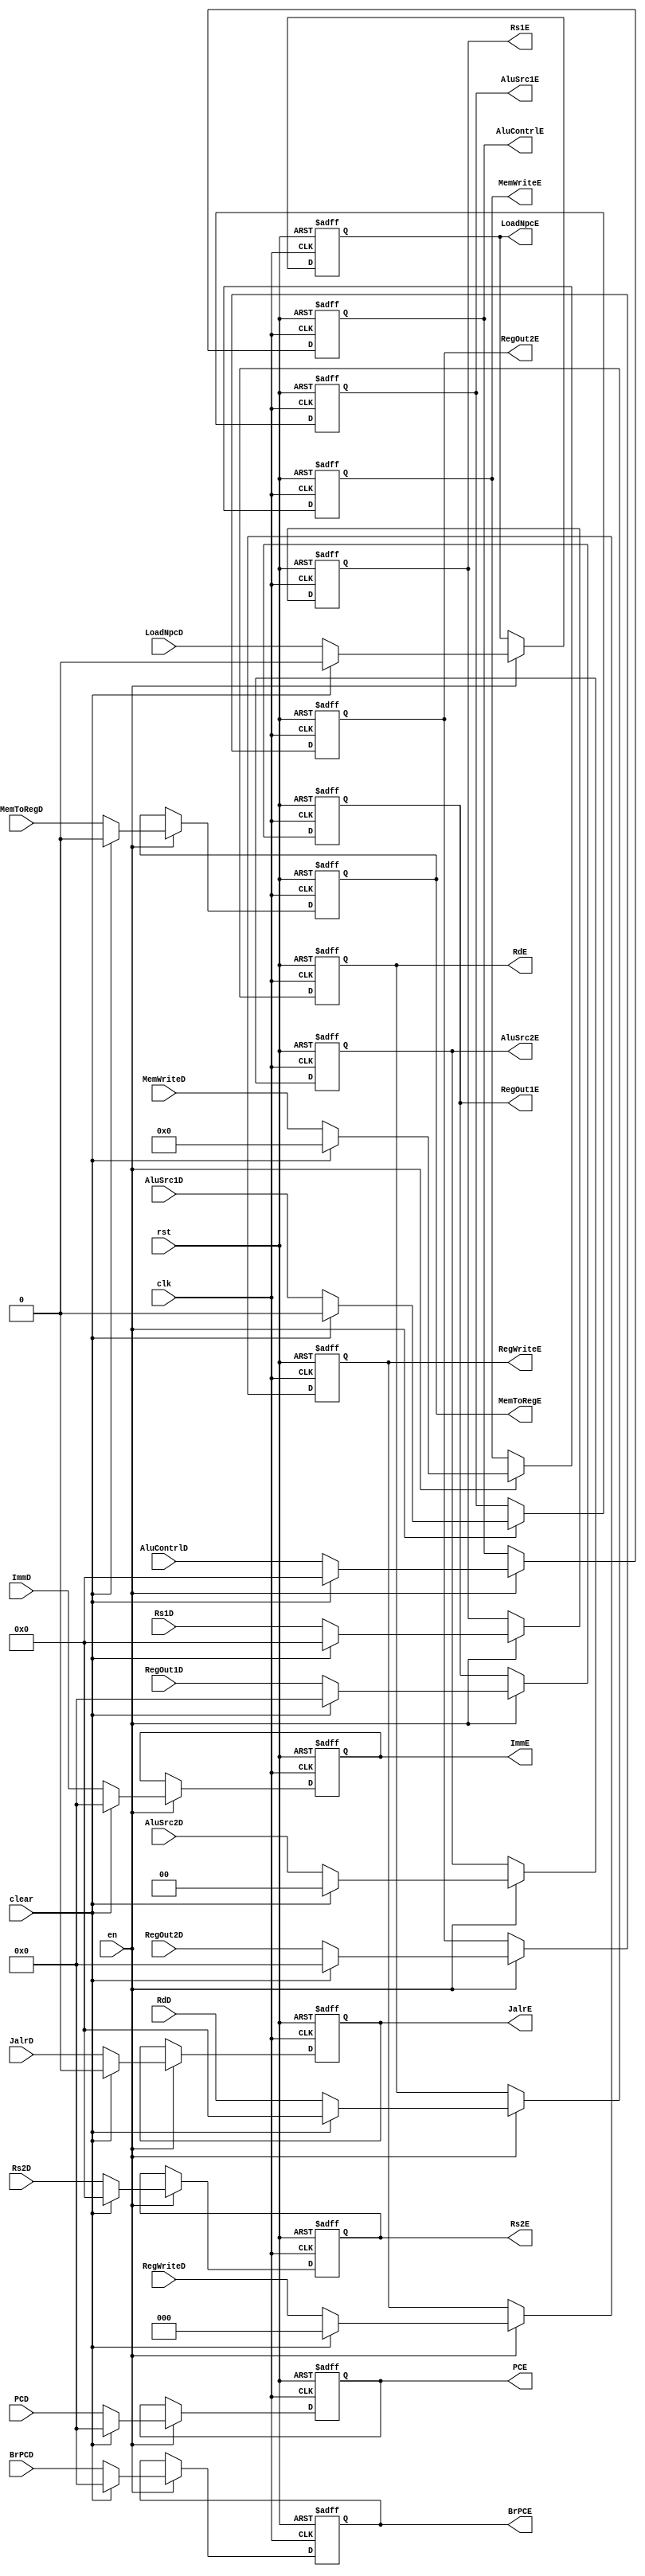
// This program was cloned from: https://github.com/Summer-Summer/ComputerArchitectureLab
// License: MIT License

//EXSegReg?EX?
module EXSegReg(
    input wire clk,
    input wire rst,
    input wire en,
    input wire clear,
    //
    input wire [31:0] PCD,
    output reg [31:0] PCE, 
    input wire [31:0] BrPCD,
    output reg [31:0] BrPCE, 
    input wire [31:0] ImmD,
    output reg [31:0] ImmE,
    input wire [4:0] RdD,
    output reg [4:0] RdE,
    input wire [4:0] Rs1D,
    output reg [4:0] Rs1E,
    input wire [4:0] Rs2D,
    output reg [4:0] Rs2E,
    input wire [31:0] RegOut1D,
    output reg [31:0] RegOut1E,
    input wire [31:0] RegOut2D,
    output reg [31:0] RegOut2E,
    //
    input wire JalrD,
    output reg JalrE,
    input wire [2:0] RegWriteD,
    output reg [2:0] RegWriteE,
    input wire MemToRegD,
    output reg MemToRegE,
    input wire [3:0] MemWriteD,
    output reg [3:0] MemWriteE,
    input wire LoadNpcD,
    output reg LoadNpcE,
    input wire [4:0] AluContrlD,
    output reg [4:0] AluContrlE,
    input wire AluSrc1D,
    output reg AluSrc1E,
    input wire [1:0] AluSrc2D,
    output reg [1:0] AluSrc2E
    );
    //
    always@(posedge clk or posedge rst)
    begin
        if(rst)
            begin
            PCE<=32'b0; 
            BrPCE<=32'b0; 
            ImmE<=32'b0;
            RdE<=32'b0;
            Rs1E<=5'b0;
            Rs2E<=5'b0;
            RegOut1E<=32'b0;
            RegOut2E<=32'b0;
            JalrE<=1'b0;
            RegWriteE<=1'b0;
            MemToRegE<=1'b0;
            MemWriteE<=1'b0;
            LoadNpcE<=1'b0;
            AluContrlE<=5'b0;
            AluSrc1E<=1'b0; 
            AluSrc2E<=2'b0; 
            end
        else if(en)
            if(clear)
                begin
                PCE<=32'b0; 
                BrPCE<=32'b0; 
                ImmE<=32'b0;
                RdE<=32'b0;
                Rs1E<=5'b0;
                Rs2E<=5'b0;
                RegOut1E<=32'b0;
                RegOut2E<=32'b0;
                JalrE<=1'b0;
                RegWriteE<=1'b0;
                MemToRegE<=1'b0;
                MemWriteE<=1'b0;
                LoadNpcE<=1'b0;
                AluContrlE<=5'b0;
                AluSrc1E<=1'b0; 
                AluSrc2E<=2'b0;     
                end
            else
                begin
                PCE<=PCD; 
                BrPCE<=BrPCD; 
                ImmE<=ImmD;
                RdE<=RdD;
                Rs1E<=Rs1D;
                Rs2E<=Rs2D;
                RegOut1E<=RegOut1D;
                RegOut2E<=RegOut2D;
                JalrE<=JalrD;
                RegWriteE=RegWriteD;
                MemToRegE<=MemToRegD;
                MemWriteE<=MemWriteD;
                LoadNpcE<=LoadNpcD;
                AluContrlE<=AluContrlD;
                AluSrc1E<=AluSrc1D;
                AluSrc2E<=AluSrc2D;         
                end                
    end
    
endmodule